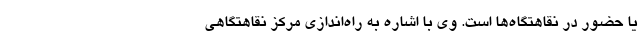
یا حضور در نقاهتگاه‌ها است. وی با اشاره به راه‌اندازی مرکز نقاهتگاهی